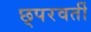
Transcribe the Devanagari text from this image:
छ्परवर्ती